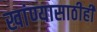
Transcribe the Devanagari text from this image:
खांण्यासाठीही